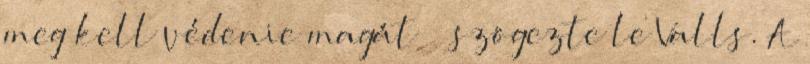
meg kell védenie magát” – szögezte le Valls. A